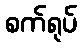
စက်ရုပ်